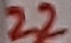
Text: 22